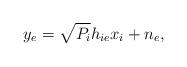
LaTeX: \begin{align*}{y_{e}} = \sqrt {P_i} {h_{ie}}{x_i} + {n_{e}},\end{align*}